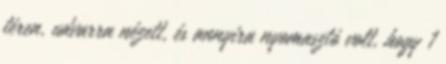
téren, udvarra nézett, és annyira nyomasztó volt, hogy 1